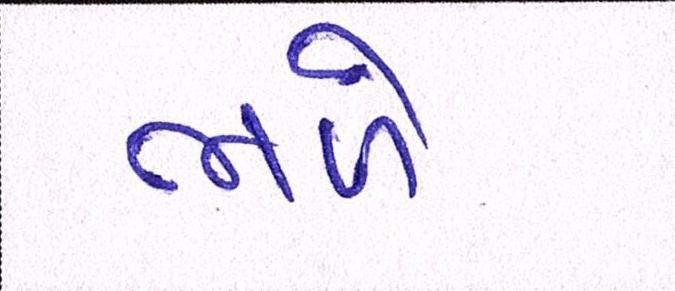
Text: ભળે